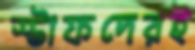
স্টাফদেরই